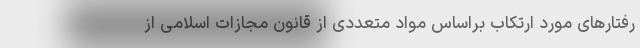
رفتارهای مورد ارتکاب براساس مواد متعددی از قانون مجازات اسلامی از